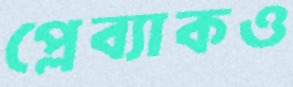
প্লেব্যাকও